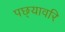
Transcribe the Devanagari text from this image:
पछ्यावरि